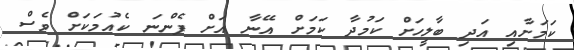
ކަމަށާއި އަދި ބާލީހަށް ކަމުދާ ކަމަށް އޭނާ އަށް ފެންނަ ކެއުމަކަށް ވެސް